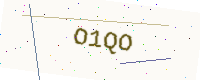
Text: O1QO